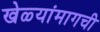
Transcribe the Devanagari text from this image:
खेळ्यांमागची